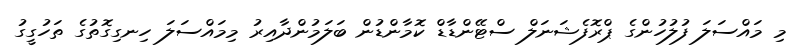
މި މައްސަލަ ފުލުހުންގެ ޕްރޮފެޝަނަލް ސްޓޭންޑާޑް ކޮމާންޑުން ބަލަމުންދާއިރު މިމައްސަލަ ހިނގިގޮތުގެ ތަހުގީގު